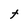
Character: t